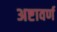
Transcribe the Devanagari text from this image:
अष्टावर्ण